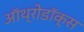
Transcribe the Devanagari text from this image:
ऑथ्रोडॉक्स